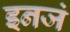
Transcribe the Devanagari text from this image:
इनजं